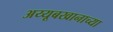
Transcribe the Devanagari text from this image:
अय्यूबखानाच्या